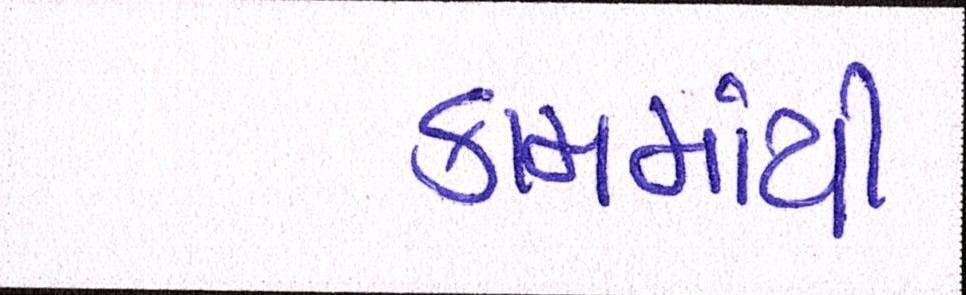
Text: કામમાંથી